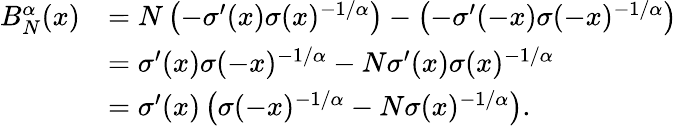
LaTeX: \begin{array}{rl}{B_{N}^{\alpha}(x)}&{=N\left(-\sigma^{\prime}(x)\sigma(x)^{-1/\alpha}\right)-\left(-\sigma^{\prime}(-x)\sigma(-x)^{-1/\alpha}\right)}\\ &{=\sigma^{\prime}(x)\sigma(-x)^{-1/\alpha}-N\sigma^{\prime}(x)\sigma(x)^{-1/\alpha}}\\ &{=\sigma^{\prime}(x)\left(\sigma(-x)^{-1/\alpha}-N\sigma(x)^{-1/\alpha}\right).}\end{array}